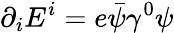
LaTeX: \partial_{i}E^{i}=e{\bar{\psi}}\gamma^{0}\psi